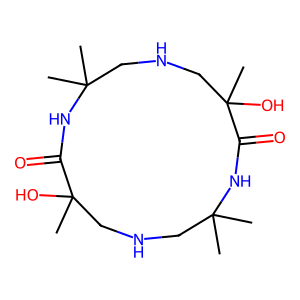
SMILES: CC1(C)CNCC(C)(O)C(=O)NC(C)(C)CNCC(C)(O)C(=O)N1
Inhibits HIV replication: No